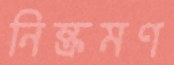
নিষ্ক্রমণ